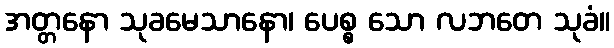
အတ္တနော သုခမေသာနော၊ ပေစ္စ သော လဘတေ သုခံ။